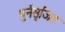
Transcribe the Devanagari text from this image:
पुर्नसृजित